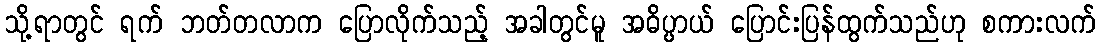
သို့ရာတွင် ရက် ဘတ်တလာက ပြောလိုက်သည့် အခါတွင်မူ အဓိပ္ပာယ် ပြောင်းပြန်ထွက်သည်ဟု စကားလက်